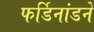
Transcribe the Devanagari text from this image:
फर्डिनांडने